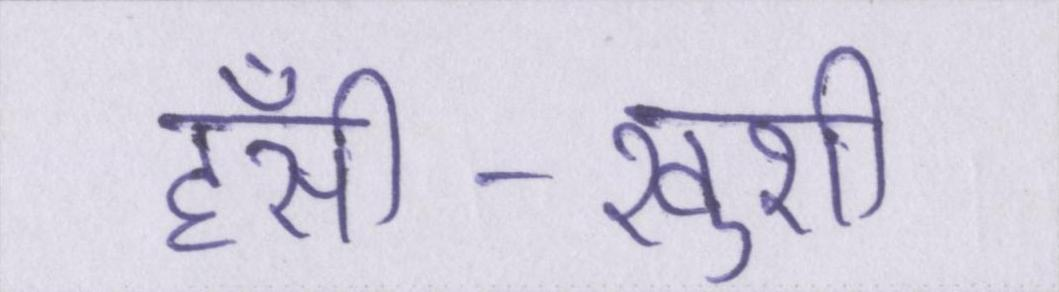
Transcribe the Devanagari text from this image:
हँसी-खुशी